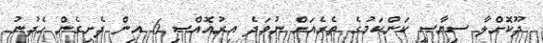
ދޫކޮށްލާ ސިޔާސީ ކަންކަމުގެ ތެރެއަށް ނުވަދެ އިރުއޮއްސި 6 އިން ފެށިގެން ހެދުނު